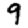
Digit: 9